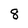
Character: 8